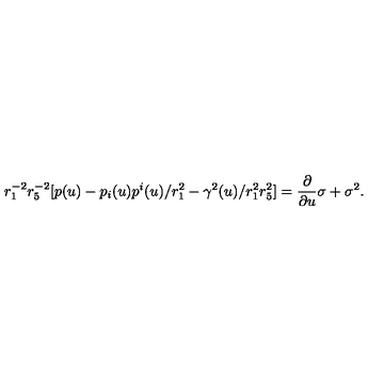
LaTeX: r _ { 1 } ^ { - 2 } r _ { 5 } ^ { - 2 } [ p ( u ) - p _ { i } ( u ) p ^ { i } ( u ) / r _ { 1 } ^ { 2 } - \gamma ^ { 2 } ( u ) / r _ { 1 } ^ { 2 } r _ { 5 } ^ { 2 } ] = { \frac { \partial } { \partial u } } { \sigma } + \sigma ^ { 2 } .